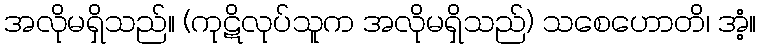
အလိုမရှိသည်။ (ကုဋိလုပ်သူက အလိုမရှိသည်) သစေဟောတိ၊ အံ့။